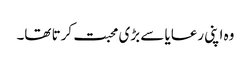
وہ اپنی رعایا سے بڑی محبت کرتا تھا۔